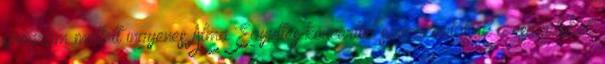
program mellett ingyenes Alma Együttes koncerttel szórakoztatták a családokat.